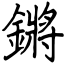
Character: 鏘